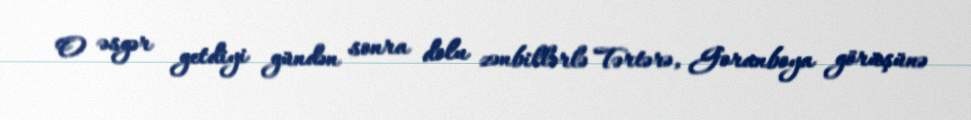
O əsgər getdiyi gündən sonra dolu zənbillərlə Tərtərə, Goranboya görüşünə